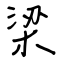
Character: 梁